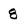
Character: 8